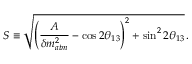
S \equiv \sqrt { \left( { \frac { A } { \delta m _ { a t m } ^ { 2 } } } - \cos 2 \theta _ { 1 3 } \right) ^ { 2 } + \sin ^ { 2 } 2 \theta _ { 1 3 } } \, .